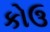
કોઉ